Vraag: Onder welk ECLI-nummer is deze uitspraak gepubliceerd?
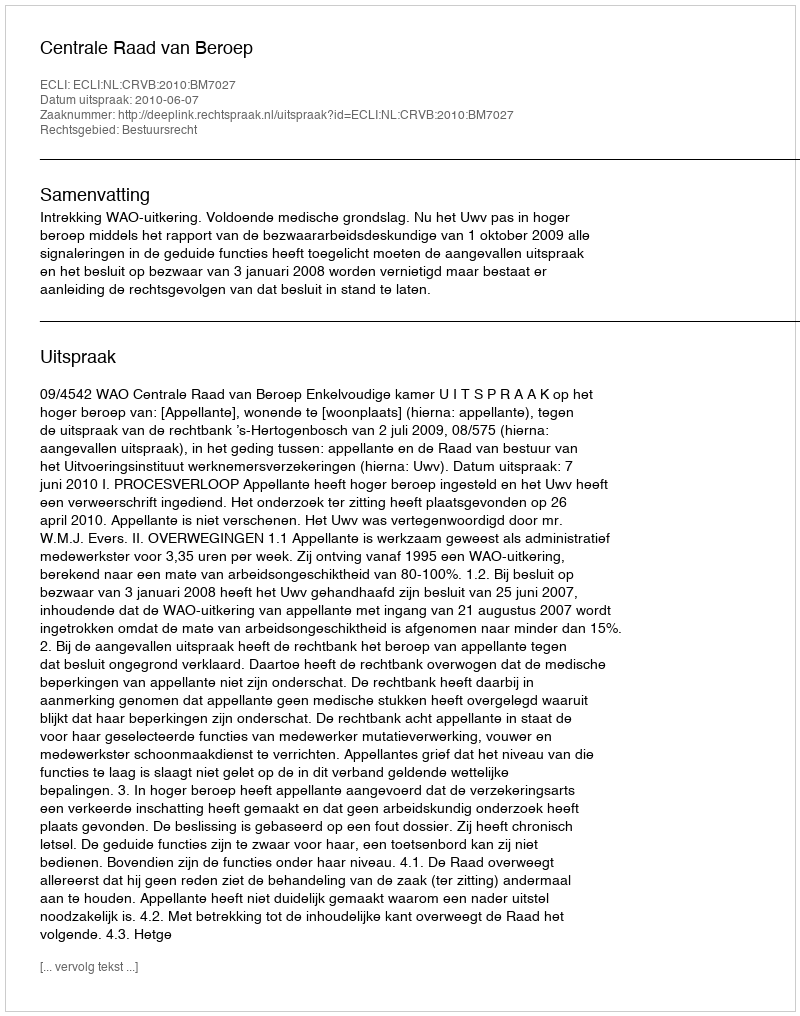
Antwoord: ECLI:NL:CRVB:2010:BM7027